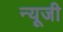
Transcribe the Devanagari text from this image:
न्यूजी